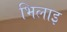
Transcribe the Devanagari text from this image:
भिलाइ